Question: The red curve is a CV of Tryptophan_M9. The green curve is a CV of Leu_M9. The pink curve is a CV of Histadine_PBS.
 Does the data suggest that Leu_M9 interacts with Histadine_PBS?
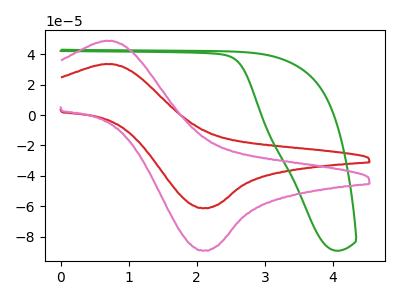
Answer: <think>The red curve "Tryptophan_M9" has an anodic peak at (0.70V, 33.40uA) and a cathodic peak at (2.10V, -61.15uA). The green curve "Leu_M9" has no peaks. The pink curve "Histadine_PBS" has an anodic peak at (0.70V, 48.60uA) and a cathodic peak at (2.10V, -89.00uA).
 "Leu_M9" and "Histadine_PBS" have a different number of peaks.</think>
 <answer>Yes, "Leu_M9" and "Histadine_PBS" are different in shape.</answer>
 <eval>yes_change</eval>